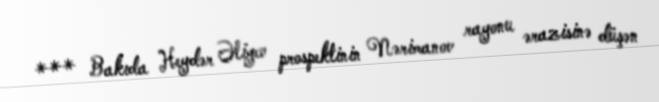
*** Bakıda Heydər Əliyev prospektinin Nərimanov rayonu ərazisinə düşən